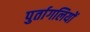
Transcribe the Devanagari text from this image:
पुर्तागलियों